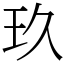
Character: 玖